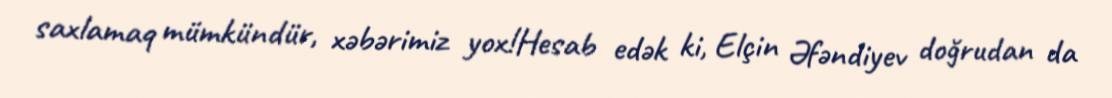
saxlamaq mümkündür, xəbərimiz yox!Hesab edək ki, Elçin Əfəndiyev doğrudan da